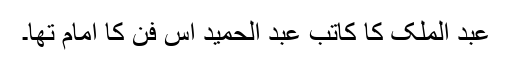
عبد الملک کا کاتب عبد الحمید اس فن کا امام تھا۔